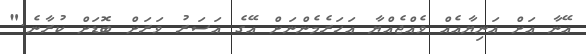
އޭނާ އަށް އަނިޔާއެއް ވެއްޖެއްޔާ އަހަރެމެންނަށް އޭގެ އަސަރު ވަރަށް ބޮޑަށް ކުރާނެ."